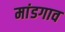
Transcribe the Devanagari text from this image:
मांडगाव